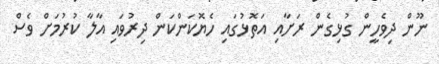
ނޫން ދިވެހީން ގުޅިގެން ރަށާއި އަތޮޅުގައި ހެޔޮކަންކަން ދިރުވައި އާލާ ކުރުމަށް ވެސް